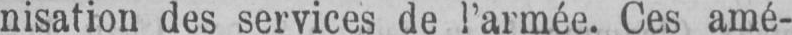
nisation des services de l’armée. Ces amé-